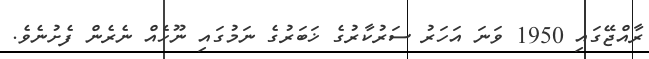
ރާއްޖޭގައި 1950 ވަނަ އަހަރު ސަރުކާރުގެ ޚަބަރުގެ ނަމުގައި ނޫހެއް ނެރެން ފެށުނެވެ.